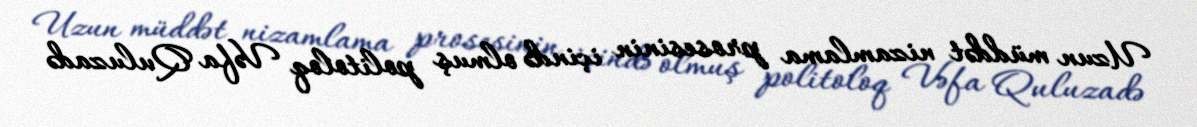
Uzun müddət nizamlama prosesinin içində olmuş politoloq Vəfa Quluzadə